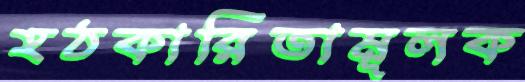
হঠকারিতামূলক